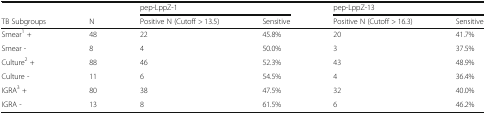
<table><thead><tr><td></td><td></td><td colspan="2"><b>pep-LppZ-1</b></td><td colspan="2"><b>pep-LppZ-13</b></td></tr><tr><td><b>TB Subgroups</b></td><td><b>N</b></td><td><b>Positive N (Cutoff &gt; 13.5)</b></td><td><b>Sensitive</b></td><td><b>Positive N (Cutoff &gt; 16.3)</b></td><td><b>Sensitive</b></td></tr></thead><tbody><tr><td>Smear<sup>1</sup> +</td><td>48</td><td>22</td><td>45.8%</td><td>20</td><td>41.7%</td></tr><tr><td>Smear -</td><td>8</td><td>4</td><td>50.0%</td><td>3</td><td>37.5%</td></tr><tr><td>Culture<sup>2</sup> +</td><td>88</td><td>46</td><td>52.3%</td><td>43</td><td>48.9%</td></tr><tr><td>Culture -</td><td>11</td><td>6</td><td>54.5%</td><td>4</td><td>36.4%</td></tr><tr><td>IGRA<sup>3</sup> +</td><td>80</td><td>38</td><td>47.5%</td><td>32</td><td>40.0%</td></tr><tr><td>IGRA -</td><td>13</td><td>8</td><td>61.5%</td><td>6</td><td>46.2%</td></tr></tbody></table>